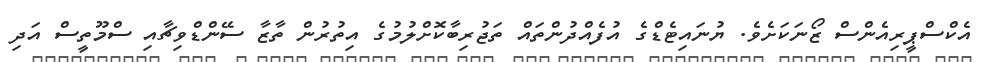
އެކްސްޕީރިއެންސް ޒޯނަކަށެވެ. ޔުނައިޓެޑްގެ އުފެއްދުންތައް ތަޖުރިބާކޮށްލުމުގެ އިތުރުން ތާޒާ ސޭންޑްވިޗާއި ސްމޫތީސް އަދި